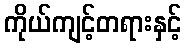
ကိုယ်ကျင့်တရားနှင့်